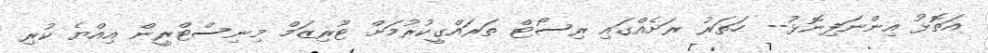
އަތޮޅު އިންނަފިނޮޅު-- ހަތަރު ރަށެއްގައި ރިސޯޓް ތަރައްގީކުރުމަށް ޓޫރިޒަމް މިނިސްޓްރީން އިއްޔެ ކުރި